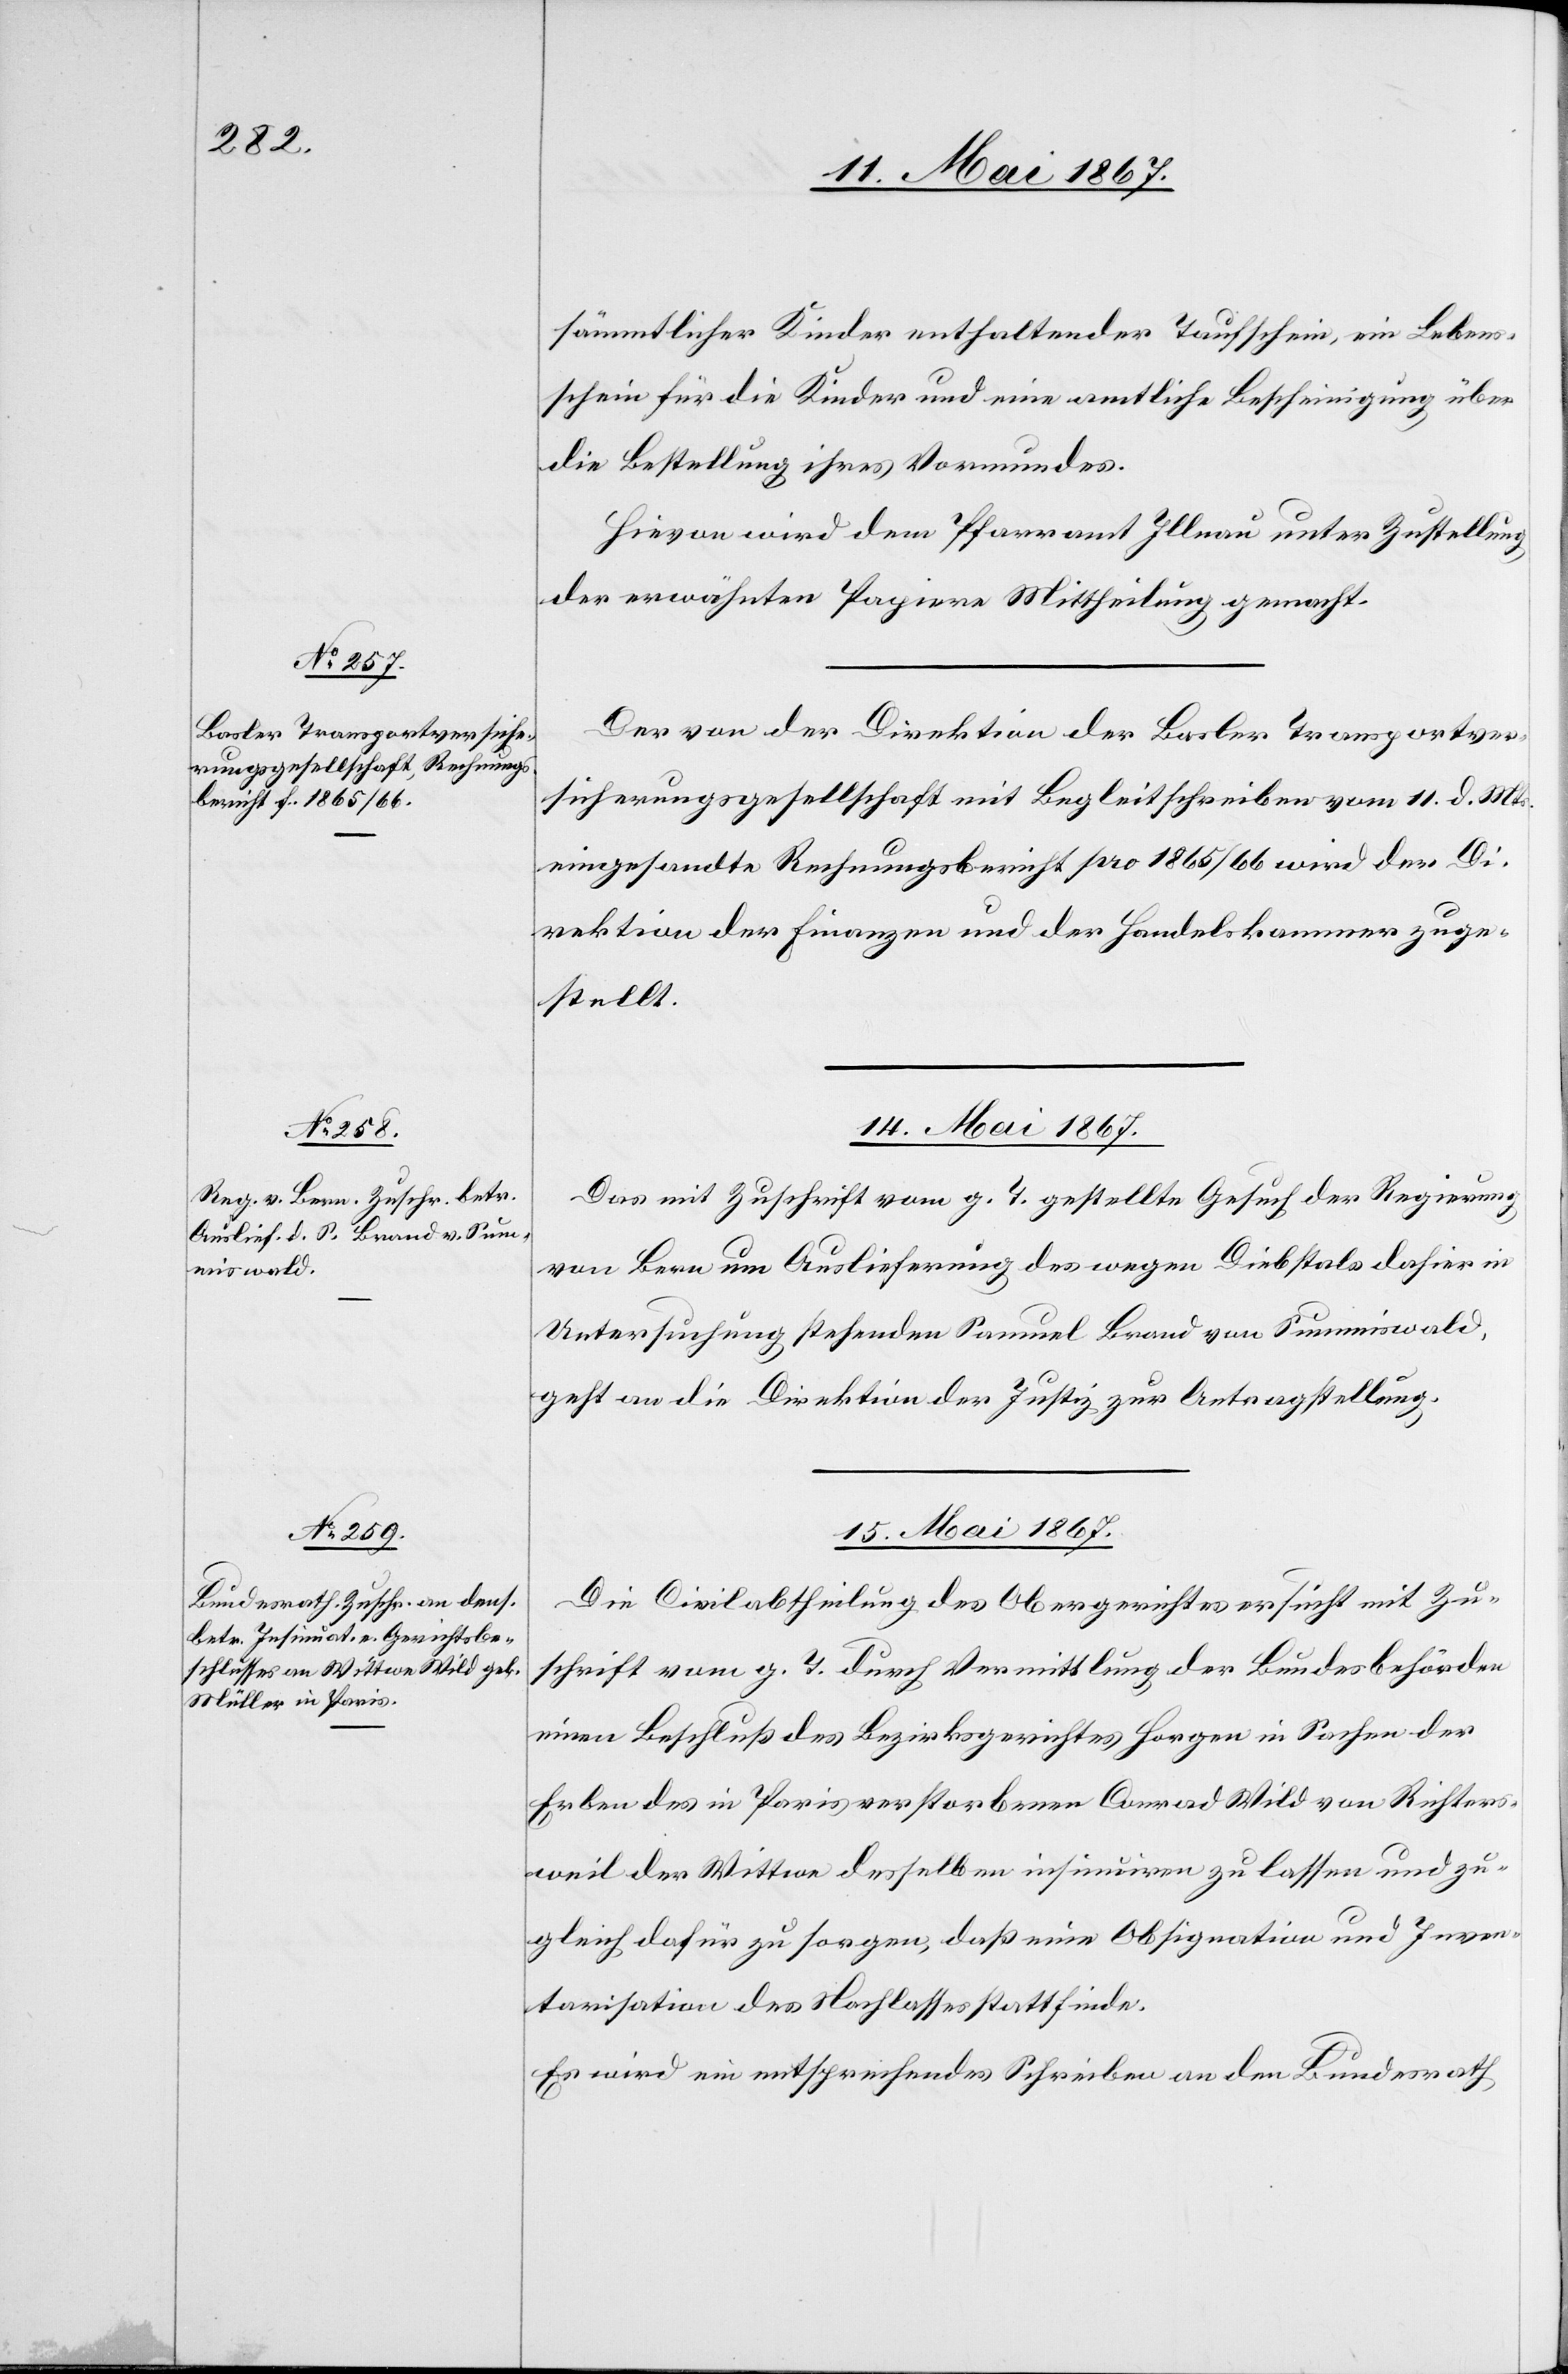
sämmtlicher Kinder enthaltender Taufschein, ein Leben¬
sschein für die Kinder und eine amtliche Bescheinigung über
die Bestellung ihres Vormundes.
Hievon wird dem Pfarramt Illnau unter Zustellung
der erwähnten Papiere Mittheilung gemacht.
Der von der Direktion der Basler Transportver¬
sicherungsgesellschaft mit Begleitschreiben vom 11. d. Mts.
eingesandte Rechnungsbericht pro 1865/1866 wird der Di¬
rektion der Finanzen und der Handelskammer zuge¬
stellt.
14. Mai 1867.
Das mit Zuschrift vom g. T. gestellte Gesuch der Regierung
von Bern um Auslieferung des wegen Diebstals dahier in
Untersuchung stehenden Samuel Brand von Summiswald,
geht an die Direktion der Justiz zur Antragstellung.
15. Mai 1867.
Die Civilabtheilung des Obergerichtes ersucht mit Zu¬
schrift vom g. T. durch Vermittlung der Bundesbehörden
einen Beschluß des Bezirksgerichtes Horgen in Sachen der
Erben des in Paris verstorbenen Conrad Wild von Richters¬
weil der Wittwe desselben insinuiren zu lassen und zu¬
gleich dafür zu sorgen, daß eine Obsignation und Inven¬
tarisation des Nachlasses stattfinde.
Es wird ein entsprechendes Schreiben an den Bundesrath